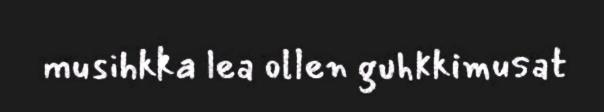
musihkka lea ollen guhkkimusat